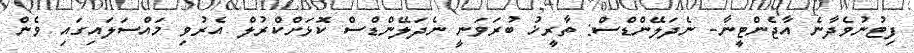
ފިޓުނުވެދާނެ އާޖެންޓީނާ- ނެދަލޭންޑްސް: ތާރީޚު ބުރަވަނީ ނެދަލޭންޑްސް ކޮޅަށްކްރުލް އެރުވި މައްސަލައިގައި ވެން